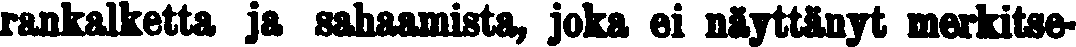
rankalketta ja sahaamista, joka ei näyttänyt merkitse-